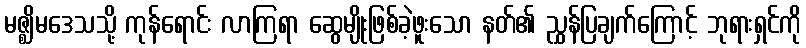
မဇ္ဈိမဒေသသို့ ကုန်ရောင်း လာကြရာ ဆွေမျိုးဖြစ်ခဲ့ဖူးသော နတ်၏ ညွှန်ပြချက်ကြောင့် ဘုရားရှင်ကို